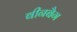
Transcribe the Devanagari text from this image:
बीनबैग